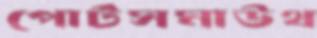
পোর্টসমাউথ